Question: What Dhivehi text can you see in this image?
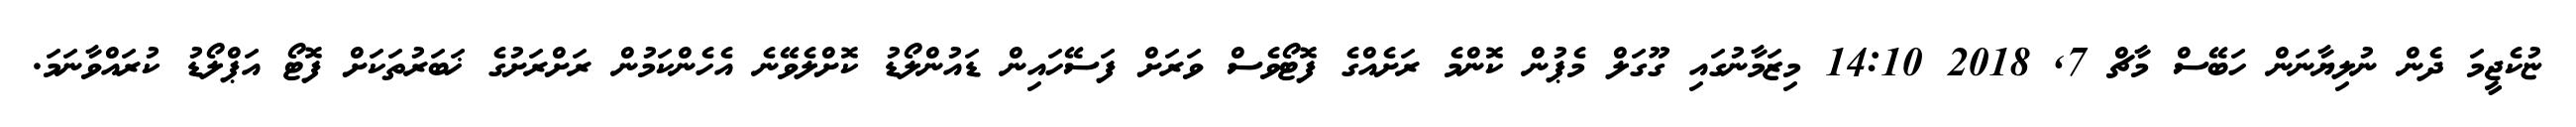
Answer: ޏުކެޖީމަ ދެން ނުލިޔާނަން ހަބޭސް މާޗް 7, 2018 14:10 މިޒަމާނުގައި ގޫގަލް މެޕުން ކޮންމެ ރަށެއްގެ ފޮޓޯވެސް ވަރަށް ފަސޭހައިން ޑައުންލޯޑު ކޮށްލެވޭނެ އެހެންކަމުން ރަށްރަށުގެ ޚަބަރުތަކަށް ފޮޓޯ އަޕްލޯޑު ކުރައްވާނަމަ.